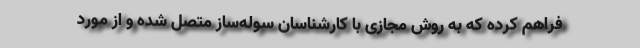
فراهم کرده که به روش مجازی با کارشناسان سوله‌ساز متصل شده و از مورد